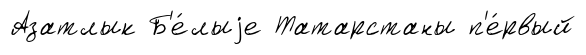
Азатлык Б'е́лыjе Татарстаны п'е́рвый